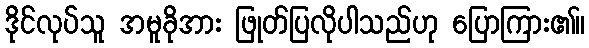
ဒိုင်လုပ်သူ အမူခိုအား ဖြုတ်ပြလိုပါသည်ဟု ပြောကြား၏။